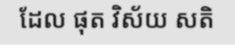
ដែល ផុត វិស័យ សតិ